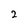
Character: 2